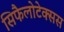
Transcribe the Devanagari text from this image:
सिफैलोटेक्सस